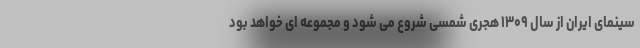
سینمای ایران از سال ۱۳۰۹ هجری شمسی شروع می شود و مجموعه ای خواهد بود